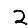
Digit: 2